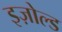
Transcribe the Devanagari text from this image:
इज़ोल्ड